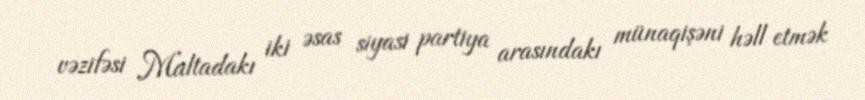
vəzifəsi Maltadakı iki əsas siyasi partiya arasındakı münaqişəni həll etmək